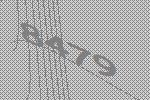
8479